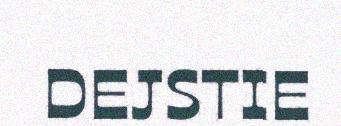
DEJSTIE